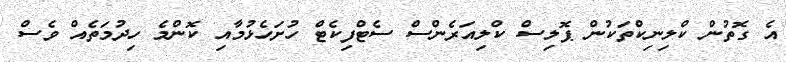
އެ ގޮތުން ކްލިނިކްތަކުން ޕޮލިސް ކްލިއަރެންސް ސެޓްފިކެޓް ހުށަހެޅުމާއި ކޮންމެ ހިދުމަތެއް ވެސް